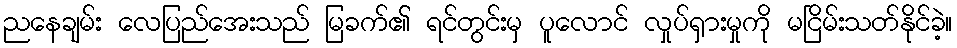
ညနေချမ်း လေပြည်အေးသည် မြခက်၏ ရင်တွင်းမှ ပူလောင် လှုပ်ရှားမှုကို မငြိမ်းသတ်နိုင်ခဲ့။